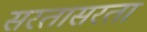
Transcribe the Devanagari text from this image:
सरतासरता